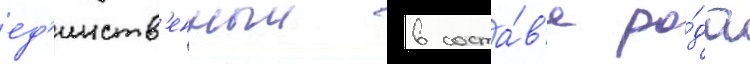
ед'инств'енныи в соста́в'е ро́да